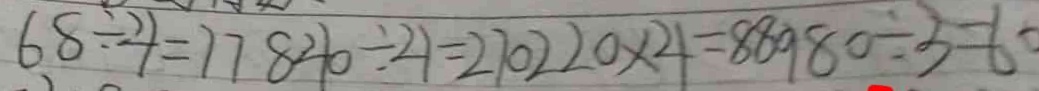
6 8 \div 2 1 = 7 7 8 4 0 \div 2 1 = 2 7 0 2 2 0 \times 2 1 = 8 8 9 8 0 \div 3 = 6 0